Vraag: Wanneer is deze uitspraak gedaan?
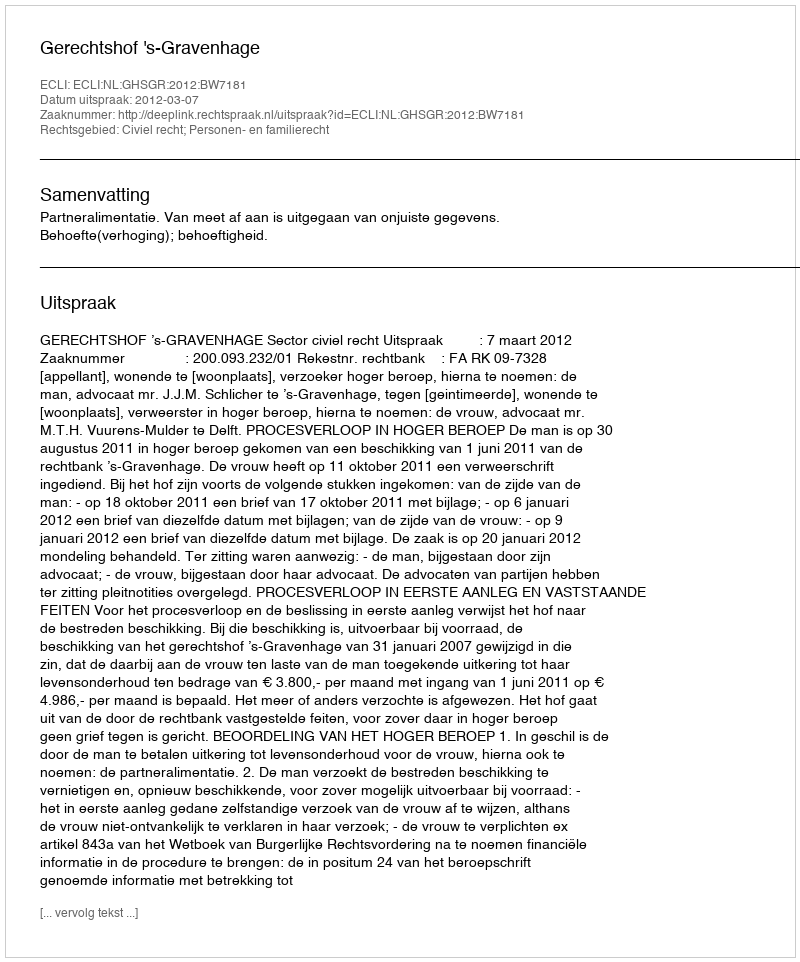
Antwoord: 2012-03-07